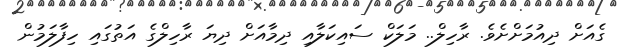
ގެއަށް ދިއުމަށްށެވެ. ރާހިލް.. މަލަކް ސައިކަލާއި ދިމާއަށް ދިޔަ ރާހިލްގެ އަތުގައި ހިފާލަމުން